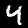
Digit: 4